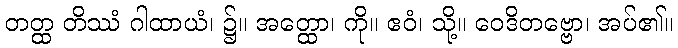
တတ္ထ တိဿံ ဂါထာယံ၊ ၌။ အတ္ထော၊ ကို။ ဧဝံ၊ သို့။ ဝေဒိတဗ္ဗော၊ အပ်၏။